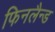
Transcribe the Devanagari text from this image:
फिनलैन्ड